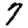
Digit: 7